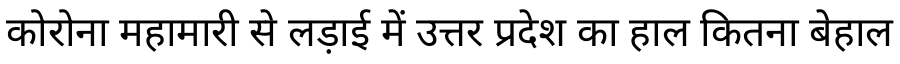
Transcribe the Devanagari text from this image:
कोरोना महामारी से लड़ाई में उत्तर प्रदेश का हाल कितना बेहाल